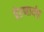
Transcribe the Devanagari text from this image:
प्रेऱणार्थक